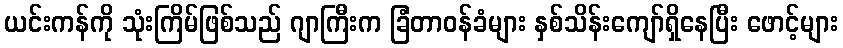
ယင်းကန်ကို သုံးကြိမ်ဖြစ်သည် ဂျာကြီးက ခြံတာဝန်ခံများ နှစ်သိန်းကျော်ရှိနေပြီး ဖောင့်များ